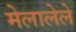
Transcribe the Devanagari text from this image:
मेलालेले